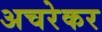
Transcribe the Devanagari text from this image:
अचरेकर